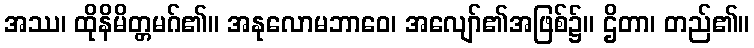
အဿ၊ ထိုနိမိတ္တမဂ်၏။ အနုလောမဘာဝေ၊ အလျော်၏အဖြစ်၌။ ဌိတာ၊ တည်၏။